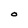
Character: O